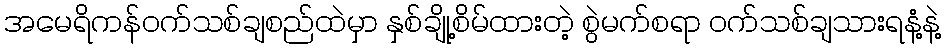
အမေရိကန်ဝက်သစ်ချစည်ထဲမှာ နှစ်ချို့စိမ်ထားတဲ့ စွဲမက်စရာ ဝက်သစ်ချသားရနံ့နဲ့